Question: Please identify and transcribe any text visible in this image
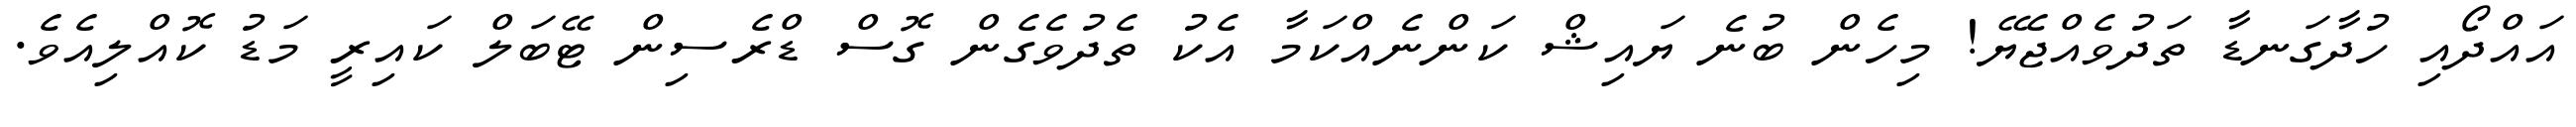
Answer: އައްދޯއި ހުދާގަނޑާ ތަދުވެއްޖެޔޭ! މިހެން ބުނެ ޔައިޝް ކަންނެއްކަމާ އެކު ތެދުވެގެން ގޮސް ޑްރެސިން ޓޭބަލް ކައިރީ މަޑު ކޮއްލިއެވެ.